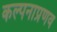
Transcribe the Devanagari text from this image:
कल्पनाप्रणव